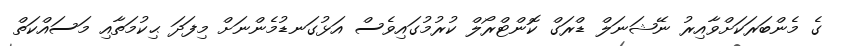
ގެ މެންބަރަކަށްވާއިރު ނޭޝަނަލް ޑްރަގް ކޮންޓްރޯލް ކުރުމުގައިވެސް އަޅުގަނޑުމެންނަށް މިފަދަ ޙިކުމަތާއި މަސައްކަތް